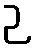
ဉ